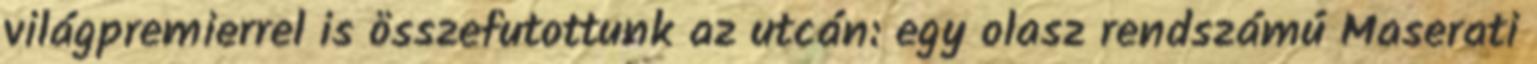
világpremierrel is összefutottunk az utcán: egy olasz rendszámú Maserati